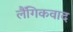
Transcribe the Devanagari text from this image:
लैंगिकवाद